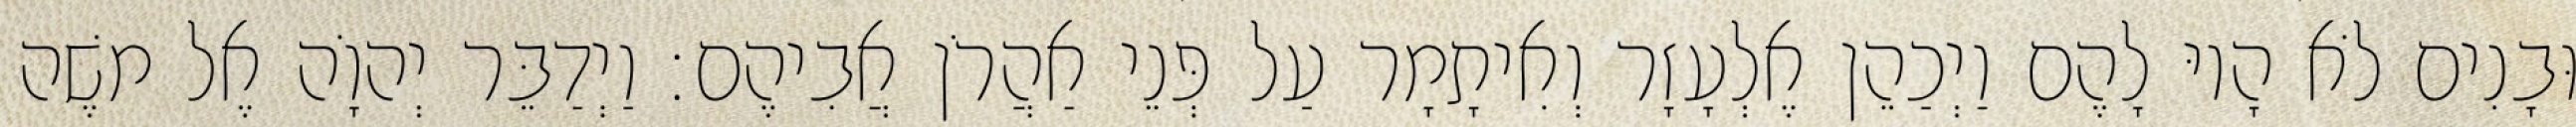
וּבָנִים לֹא הָיוּ לָהֶם וַיְכַהֵן אֶלְעָזָר וְאִיתָמָר עַל פְּנֵי אַהֲרֹן אֲבִיהֶם׃ וַיְדַבֵּר יְהוָֹה אֶל משֶׁה